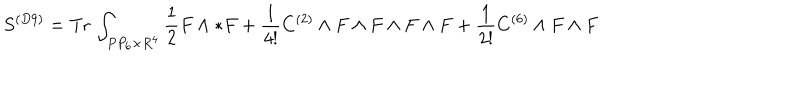
S ^ { ( D 9 ) } = \mathrm { T r } \, \int _ { P P _ { 6 } \times R ^ { 4 } } \frac { 1 } { 2 } F \wedge * F + \frac { 1 } { 4 ! } C ^ { ( 2 ) } \wedge F \wedge F \wedge F \wedge F + \frac { 1 } { 2 ! } C ^ { ( 6 ) } \wedge F \wedge F